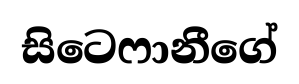
සිටෙෆානීගේ